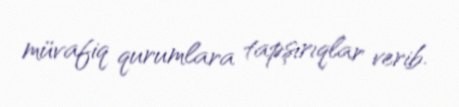
müvafiq qurumlara tapşırıqlar verib.